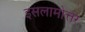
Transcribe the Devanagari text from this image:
इसलामोत्तर